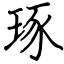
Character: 琢